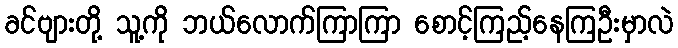
ခင်ဗျားတို့ သူ့ကို ဘယ်လောက်ကြာကြာ စောင့်ကြည့်နေကြဦးမှာလဲ